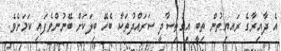
އެ ދާއިރާގެ ރައޔިތުން ތިބީ އިގުތިސާދީ ސަރައްދުތަކާ ބެހޭ ބިލަކަށް ބޭނުންވެފައި ކަމަށެވެ.